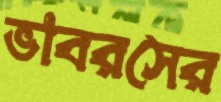
ভাবরসের